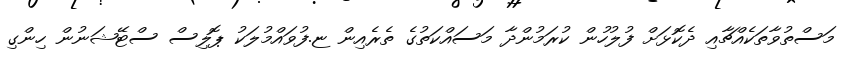
މަސްތުވާތަކެއްޗާއި ދެކޮޅަށް ފުލުހުން ކުރަމުންދާ މަސައްކަތުގެ ތެރެއިން ޏ.ފުވައްމުލަކު ޕޮލިސް ސްޓޭޝަނުން ހިންގި